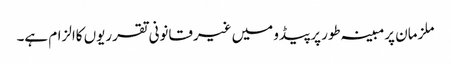
ملزمان پرمبینہ طور پرپیڈو میں غیرقانونی تقرریوں کاالزام ہے۔